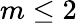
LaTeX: m\leq 2